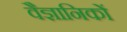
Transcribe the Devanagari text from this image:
वैज्ञानिकाें